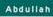
abdullah